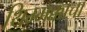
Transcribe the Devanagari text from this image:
थिम्मक्काचा